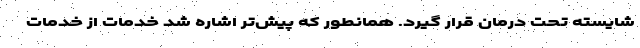
شایسته تحت درمان قرار گیرد. همانطور که پیش‌تر اشاره شد خدمات از خدمات